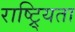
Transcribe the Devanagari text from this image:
राष्ट्र्यिता